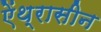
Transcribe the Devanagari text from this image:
ऐंथ्रासीन